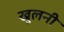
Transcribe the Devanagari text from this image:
खुलनी